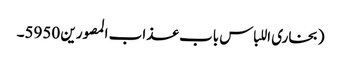
(بخاری اللباس باب عذاب المصورین 5950۔